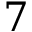
7